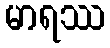
မာရဿ